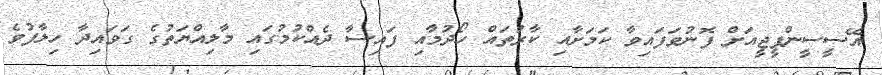
އޭސީސީންޕީޖީއަށް ފޮނުވަފައިވާ ކަމަށާއި ކާރުތައް ހޯދުމާއި ފައިސާ ދެއްކުމުގައި މާލިއްޔަތުގެ ގަވައިދާ ހިލާފުވެ